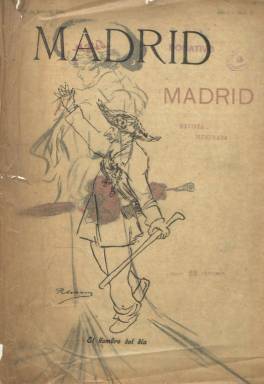
Título: Madrid (Madrid. 1901)
Colección: Revistas de información general
Ámbito geográfico: Madrid
Lugar de publicación: Madrid
Fechas: 26/06/1901-26/06/1901

“Revista literaria” es el escueto subtítulo de esta publicación que funda y dirige el entonces joven periodista y crítico teatral Manuel Bueno Bengoechea, hijo de un antiguo capitán del ejército carlista, que había nacido en Pau en 1874 y recalado en Madrid después de haber pasado su juventud en Bilbao y viajado por América, y que es conocido por la famosa pelea a bastonazos en la que Ramón María del Valle Inclán (1866-1936) terminó perdiendo su brazo izquierdo en 1899. Se indica en su cabecera que la revista “aparecerá semanalmente” y publica su primer número el uno de mayo de 1901, formando sólo su octava entrega la colección de la Biblioteca Nacional de España, correspondiente al 26 de junio de ese año.

Es una entrega con doble cubierta, con gran profusión de inserciones de publicidad comercial, que ocupan un cuadernillo de papel azulado (ocho páginas), la propia portada y las contracubiertas. Ello, unido a las dos tintas que usa en su segunda cubierta, las dos páginas que dedica a un folletín y al papel cuché usado para su parte redaccional, le da a la publicación un formato especial, al que se une un diseño y estilo tipográfico modernista.

Es asimismo una revista ilustrada con dibujos, un apunte al natural de tauromaquia y varios fotograbados. El principal autor de los primeros es el dibujante R. Marín, que publica una colección de ellos bajo el epígrafe Un martes de moda en parís, apareciendo al final una tira cómica del dibujante Ibáñez. Inserta una instantánea del fotógrafo Laurent (Armería de la Real Casa) y otras en un reportaje sobre el Tiro Nacional, así como la del Gimnasio del Asilo de Santa Cristina.

Su parte textual comienza con una crónica de A. Sánchez Ramón bajo el epígrafe Terapéutica nacional; le sigue un cuento titulado Matilde, de Ramiro de Maeztu (1874-1936), que fue un asiduo colaborador de la revista, así como dos páginas dedicas al Talento de los gatos y un texto bajo el epígrafe Garibaldi. Manuel Bueno, que se afiliaría a Falange y fue también fusilado en Barcelona tras estallar la guerra civil, el once de agosto de 1936, será un periodista y escritor al que se le ha inscrito en la Generación del 98.